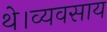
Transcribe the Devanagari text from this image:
थे।व्यवसाय